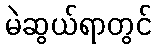
မဲဆွယ်ရာတွင်